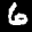
Label: 6